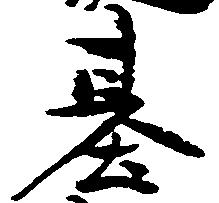
基